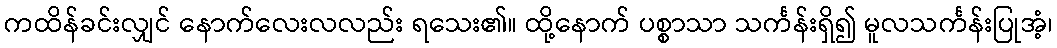
ကထိန်ခင်းလျှင် နောက်လေးလလည်း ရသေး၏။ ထို့နောက် ပစ္စာသာ သင်္ကန်းရှိ၍ မူလသင်္ကန်းပြုအံ့၊